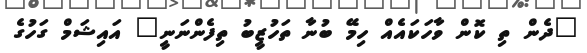
"ދެން ތި ކޮން ވާހަކައެއް ހިމޭ ބުނާ ތަހުޒީބު ތިފެންނަނީ" އައިޝަމް ގަހުގެ